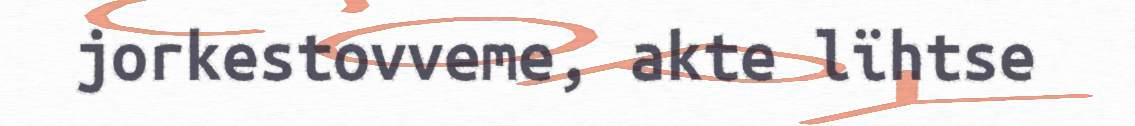
jorkestovveme, akte lïhtse